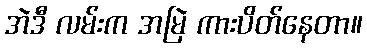
အဲဒီ လမ်းက အမြဲ ကားပိတ်နေတာ။